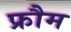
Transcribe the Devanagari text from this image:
फ्रौम